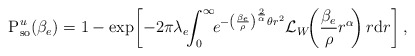
\begin{align*} \textrm{P}_\textrm{so}^{u}(\beta_e) = 1 - \exp \! \left[ - 2 \pi \lambda_e \!\! \int_{0}^{\infty} \!\! e^{- \left( \frac{\beta_e}{\rho}\right )^{\frac{2}{\alpha}} \theta r^2 } \mathcal{L}_{W} \!\! \left(\frac{\beta_e}{\rho} r^\alpha \! \right) r \mathrm{d}{r} \right],\end{align*}